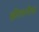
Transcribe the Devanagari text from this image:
झीलानीचा